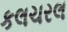
કલચરલ